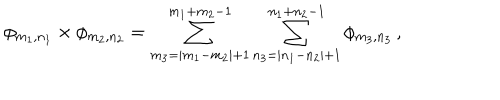
LaTeX: \phi _ { m _ { 1 } , n _ { 1 } } \times \phi _ { m _ { 2 } , n _ { 2 } } = \sum _ { m _ { 3 } = | m _ { 1 } - m _ { 2 } | + 1 } ^ { m _ { 1 } + m _ { 2 } - 1 } \sum _ { n _ { 3 } = | n _ { 1 } - n _ { 2 } | + 1 } ^ { n _ { 1 } + n _ { 2 } - 1 } \phi _ { m _ { 3 } , n _ { 3 } } \, ,